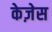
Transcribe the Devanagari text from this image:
केज़ेस